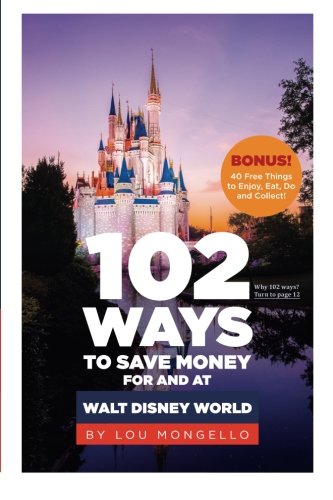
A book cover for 102 Ways to Save Money For and At Walt Disney World: Bonus! 40 Free Things to Enjoy, Eat, Do and Collect!; Lou Mongello; Travel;